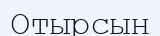
Отырсын